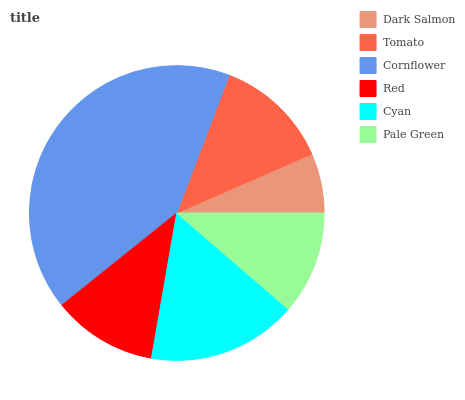
| Dark Salmon | Tomato | Cornflower | Red | Cyan | Pale Green |
 | --- | --- | --- | --- | --- | --- |
 | 6.56% | 12.7% | 41.5% | 11.5% | 16.4% | 11.3% |